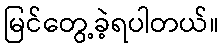
မြင်တွေ့ခဲ့ရပါတယ်။